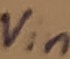
Text: Vin